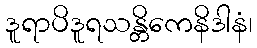
ဒူရာပိဒူရသန္တိကေနိဒါနံ၊